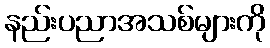
နည်းပညာအသစ်များကို